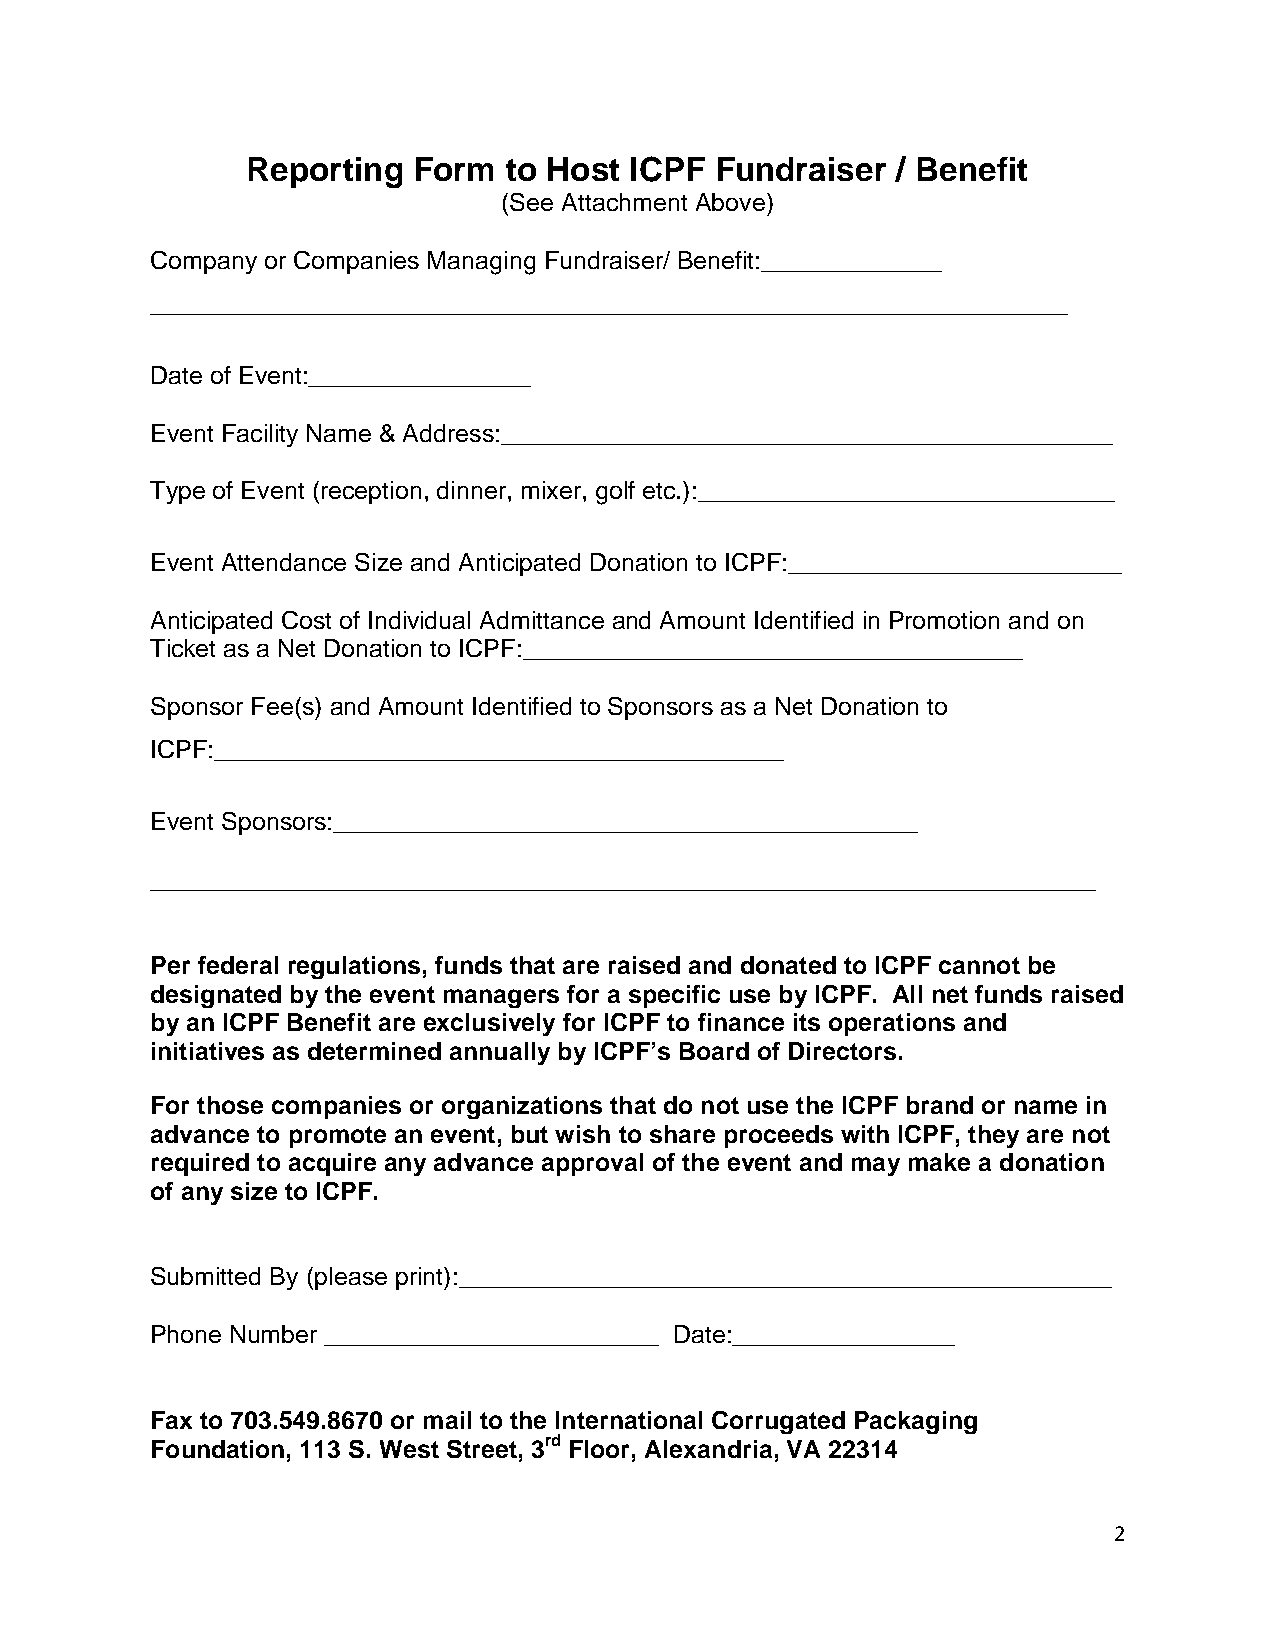
Reporting  Form  to Host  ICPF Fundraiser  / Benefit
 (See Attachment Above)
 Company or Companies Managing Fundraiser/ Benefit:_____________
 __________________________________________________________________
 Date of Event:________________
 Event Facility Name & Address:____________________________________________
 Type of Event (reception, dinner, mixer, golf etc.):______________________________
 Event Attendance Size and Anticipated Donation to ICPF:________________________
 Anticipated Cost of Individual Admittance and Amount Identified in Promotion and on
 Ticket as a Net Donation to ICPF:____________________________________
 Sponsor Fee(s) and Amount Identified to Sponsors as a Net Donation to
 ICPF:_________________________________________
 Event Sponsors:__________________________________________
 ____________________________________________________________________
 Per federal regulations, funds that are raised and donated to ICPF cannot be
 designated by the event managers for a specific use by ICPF. All net funds raised
 by an ICPF Benefit are exclusively for ICPF to finance its operations and
 initiatives as determined annually by ICPF’s Board of Directors.
 For those companies or organizations that do not use the ICPF brand or name in
 advance to promote an event, but wish to share proceeds with ICPF, they are not
 required to acquire any advance approval of the event and may make a donation
 of any size to ICPF.
 Submitted By (please print):_______________________________________________
 Phone Number ________________________ Date:________________
 Fax to 703.549.8670 or mail to the International Corrugated Packaging
 rd
 Foundation, 113 S. West Street, 3 Floor, Alexandria, VA 22314
 2